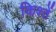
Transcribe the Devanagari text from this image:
किश्तें